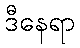
ဒီနေရာ